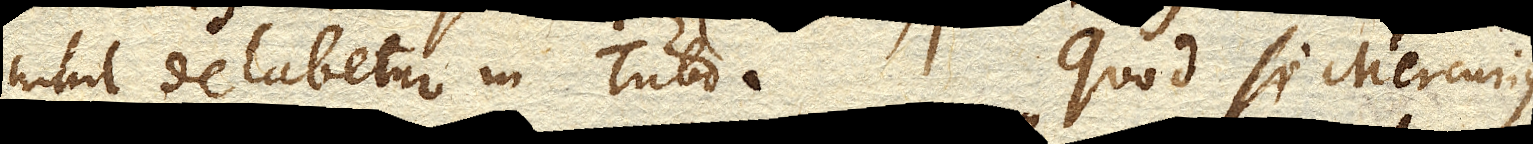
nihil delabetur in Tubo. Quod si Mercurius